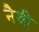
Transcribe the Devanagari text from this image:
नैवी